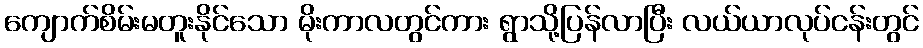
ကျောက်စိမ်းမတူးနိုင်သော မိုးကာလတွင်ကား ရွာသို့ပြန်လာပြီး လယ်ယာလုပ်ငန်းတွင်